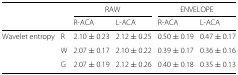
<table><thead><tr><td colspan="2"></td><td colspan="2"><b>RAW</b></td><td colspan="2"><b>ENVELOPE</b></td></tr><tr><td></td><td></td><td><b>R-ACA</b></td><td><b>L-ACA</b></td><td><b>R-ACA</b></td><td><b>L-ACA</b></td></tr></thead><tbody><tr><td>Wavelet entropy</td><td>R</td><td>2.10 ± 0.23</td><td>2.12 ± 0.25</td><td>0.50 ± 0.19</td><td>0.47 ± 0.17</td></tr><tr><td></td><td>W</td><td>2.07 ± 0.17</td><td>2.10 ± 0.22</td><td>0.39 ± 0.17</td><td>0.36 ± 0.16</td></tr><tr><td></td><td>G</td><td>2.07 ± 0.19</td><td>2.12 ± 0.26</td><td>0.40 ± 0.18</td><td>0.35 ± 0.13</td></tr></tbody></table>